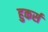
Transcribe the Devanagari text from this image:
हुकर्स